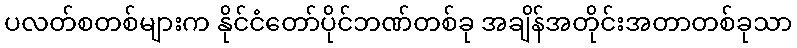
ပလတ်စတစ်များက နိုင်ငံတော်ပိုင်ဘဏ်တစ်ခု အချိန်အတိုင်းအတာတစ်ခုသာ